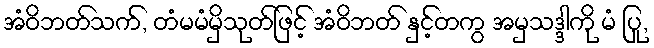
အံဝိဘတ်သက်, တံမမံမှိသုတ်ဖြင့် အံဝိဘတ် နှင့်တကွ အမှသဒ္ဒါကို မံ ပြု,